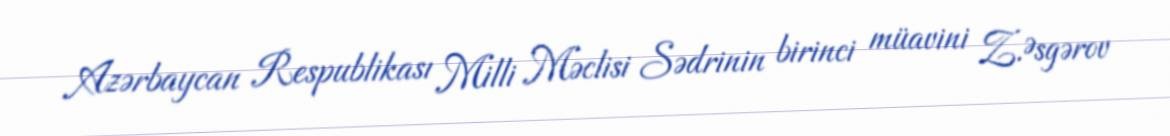
Azərbaycan Respublikası Milli Məclisi Sədrinin birinci müavini Z.Əsgərov